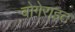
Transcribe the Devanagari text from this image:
बोगेराइट